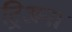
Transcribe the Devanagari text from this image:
ट्रिअना